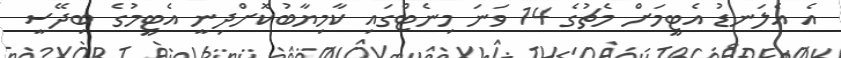
އެ އެލަނޑު އެޓީމަށް މެޗުގެ 14 ވަނަ މިނެޓްގައި ކާމިޔާބުކޮށްދިނީ އެޓީމުގެ ބިދޭސީ